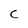
Character: C